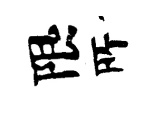
限𠩄